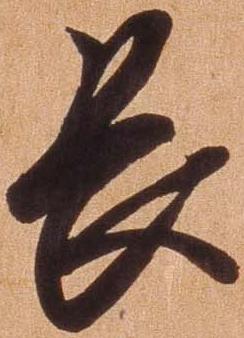
長